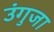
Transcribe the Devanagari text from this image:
उंगुजा